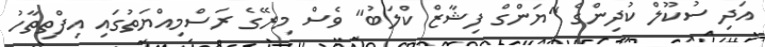
އަދި ސުކޫލް ކުދިންގެ "ޔަންގް ފިޝާޒް ކްލަބު" ވެސް މިރޭގެ ރަސްމިއްޔަތުގައި އިފްތިތާހު